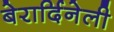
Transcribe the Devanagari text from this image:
बेरार्दिनेली